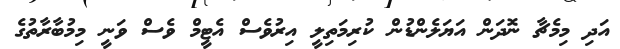
އަދި މިމެޗާ ނޮދަން އަޔަލެންޑުން ކުރިމަތިލީ އިރުވެސް އެޓީމް ވެސް ވަނީ މިމުބާރާތުގެ